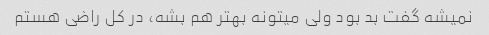
نمیشه گفت بد بود ولی میتونه بهتر هم بشه، در کل راضی هستم